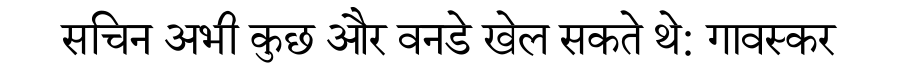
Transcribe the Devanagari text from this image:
सचिन अभी कुछ और वनडे खेल सकते थे: गावस्कर